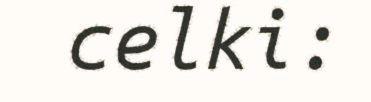
celki: